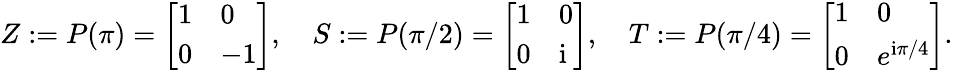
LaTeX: Z:=P(\pi)=\left[\begin{array}{ll}{1}&{0}\\ {0}&{-1}\end{array}\right],\quad S:=P(\pi/2)=\left[\begin{array}{ll}{1}&{0}\\ {0}&{\mathrm{i}}\end{array}\right],\quad T:=P(\pi/4)=\left[\begin{array}{ll}{1}&{0}\\ {0}&{e^{\mathrm{i}\pi/4}}\end{array}\right].